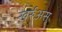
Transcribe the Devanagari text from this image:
खर्रुअस्